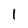
Character: 1